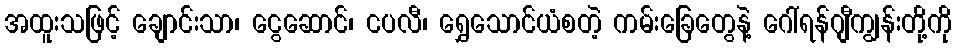
အထူးသဖြင့် ချောင်းသာ၊ ငွေဆောင်၊ ငပလီ၊ ရွှေသောင်ယံစတဲ့ ကမ်းခြေတွေနဲ့ ဂေါ်ရန်ဂျီကျွန်းတို့ကို